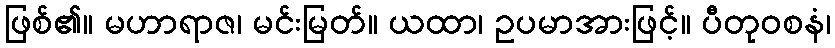
ဖြစ်၏။ မဟာရာဇ၊ မင်းမြတ်။ ယထာ၊ ဥပမာအားဖြင့်။ ပီတုဝစနံ၊